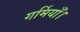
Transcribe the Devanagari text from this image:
गर्मियाँ।